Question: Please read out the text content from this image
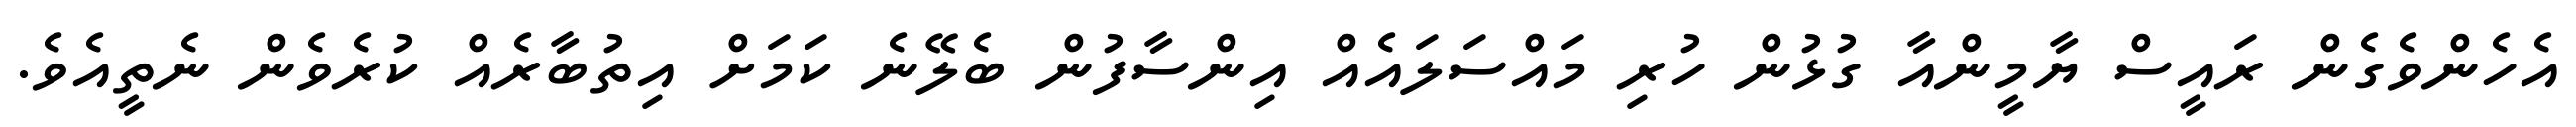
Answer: އެހެންވެގެން ރައީސް ޔާމީންއާ ގުޅުން ހުރި މައްސަލައެއް އިންސާފުން ބެލޭނެ ކަމަށް އިތުބާރެއް ކުރެވެން ނެތީއެވެ.